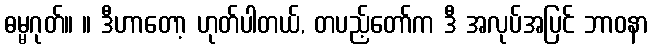
ဓမ္မဂုတ်။ ။ ဒီဟာတော့ ဟုတ်ပါတယ်, တပည့်တော်က ဒီ အလုပ်အပြင် ဘာဝနာ